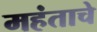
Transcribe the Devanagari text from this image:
महंताचे